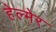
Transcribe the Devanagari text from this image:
हेल्मेर